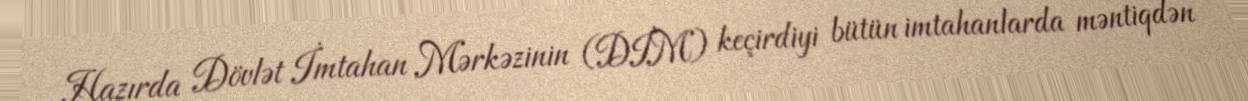
Hazırda Dövlət İmtahan Mərkəzinin (DİM) keçirdiyi bütün imtahanlarda məntiqdən